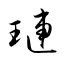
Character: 璉